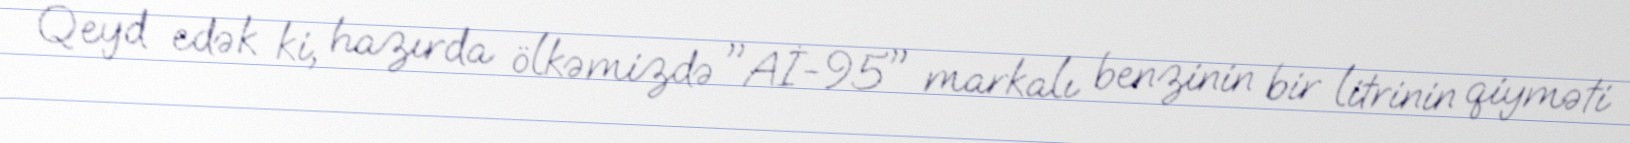
Qeyd edək ki, hazırda ölkəmizdə "Aİ-95" markalı benzinin bir litrinin qiyməti